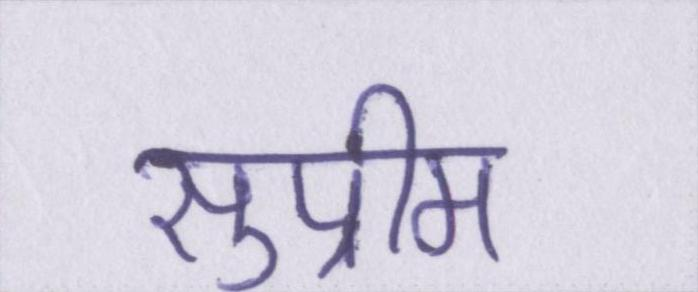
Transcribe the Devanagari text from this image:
सुप्रीम